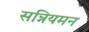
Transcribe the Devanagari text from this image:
सन्नियमन